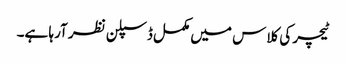
ٹیچر کی کلاس میں مکمل ڈسپلن نظر آرہا ہے۔